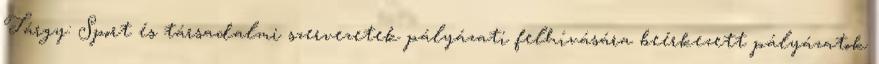
Tárgy: Sport és társadalmi szervezetek pályázati felhívására beérkezett pályázatok